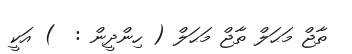
ތާޖް މަޙަލް ތާޖް މަޙަލް ( ހިންދީން :  ) އަކީ